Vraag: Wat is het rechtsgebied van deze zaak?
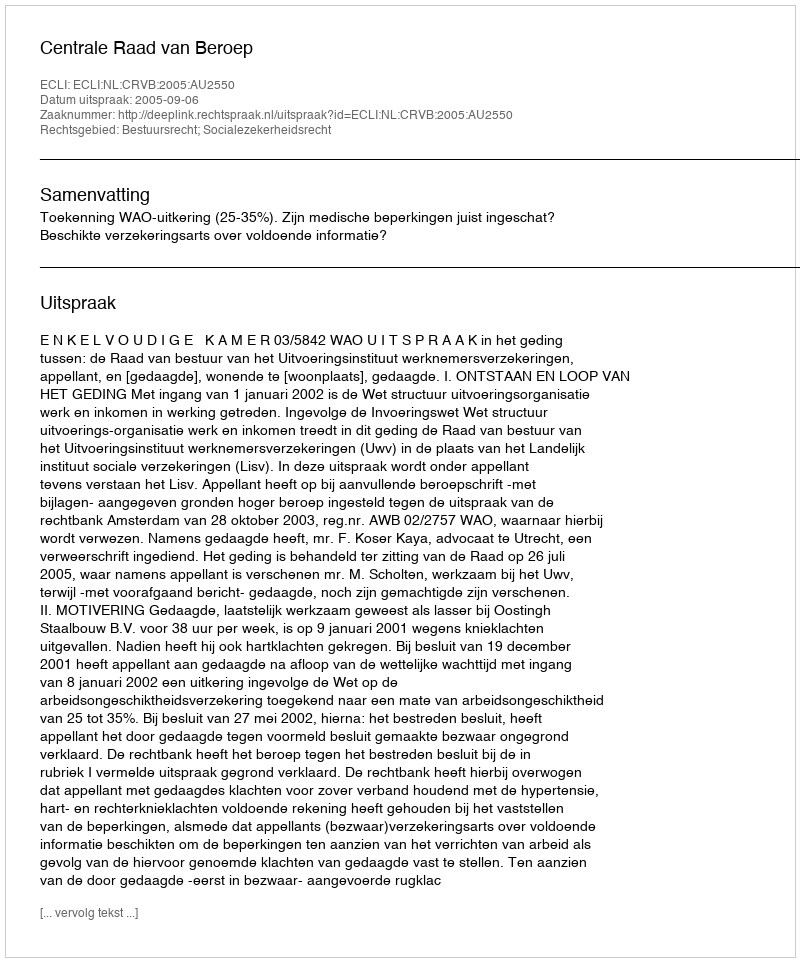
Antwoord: Bestuursrecht; Socialezekerheidsrecht